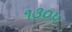
૧૩૦૫